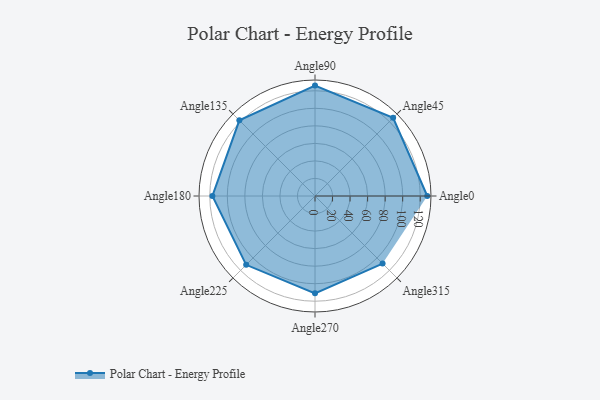
{"axis": {"x": "Angle", "y": "Radius"}, "legend": [""], "data": [{"x": "Angle0", "y": 128.0, "type": ""}, {"x": "Angle45", "y": 126.0, "type": ""}, {"x": "Angle90", "y": 126.0, "type": ""}, {"x": "Angle135", "y": 122.0, "type": ""}, {"x": "Angle180", "y": 117.0, "type": ""}, {"x": "Angle225", "y": 111.0, "type": ""}, {"x": "Angle270", "y": 111.0, "type": ""}, {"x": "Angle315", "y": 109.0, "type": ""}]}